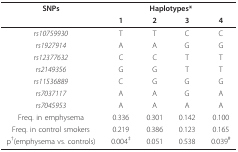
<table><thead><tr><td><b>SNPs</b></td><td colspan="4"><b>Haplotypes*</b></td></tr><tr><td></td><td><b>1</b></td><td><b>2</b></td><td><b>3</b></td><td><b>4</b></td></tr></thead><tbody><tr><td><i>rs10759930</i></td><td>T</td><td>T</td><td>C</td><td>C</td></tr><tr><td><i>rs1927914</i></td><td>A</td><td>A</td><td>G</td><td>G</td></tr><tr><td><i>rs12377632</i></td><td>C</td><td>C</td><td>T</td><td>T</td></tr><tr><td><i>rs2149356</i></td><td>G</td><td>G</td><td>T</td><td>T</td></tr><tr><td><i>rs11536889</i></td><td>C</td><td>G</td><td>G</td><td>G</td></tr><tr><td><i>rs7037117</i></td><td>A</td><td>A</td><td>G</td><td>A</td></tr><tr><td><i>rs7045953</i></td><td>A</td><td>A</td><td>A</td><td>A</td></tr><tr><td>Freq. in emphysema</td><td>0.336</td><td>0.301</td><td>0.142</td><td>0.100</td></tr><tr><td>Freq. in control smokers</td><td>0.219</td><td>0.386</td><td>0.123</td><td>0.165</td></tr><tr><td>p<sup>†</sup>(emphysema vs. controls)</td><td>0.004<sup>‡</sup></td><td>0.051</td><td>0.538</td><td>0.039<sup>#</sup></td></tr></tbody></table>